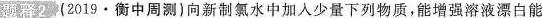
题释2(2019 \cdot 衡中周测)向新制氯水中加入少量下列物质，能增强溶液漂白能